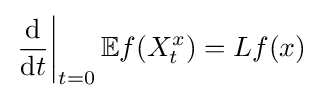
\left.{\frac {\mathrm {d} }{\mathrm {d} t}}\right|_{t=0}\mathbb {E} f(X_{t}^{x})=Lf(x)